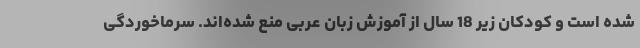
شده است و کودکان زیر 18 سال از آموزش زبان عربی منع شده‌اند. سرماخوردگی